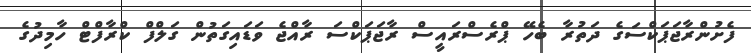
ފެށުންރާޖަޕަކްސަގެ ދަތުރާ ބެހޭ ޕްރެސްރައީސް ރާޖަޕަކްސަ ރާއްޖެ ވަޑައިގަތުން ގަލްފް ކްރާފްޓް ހާމިދުގެ